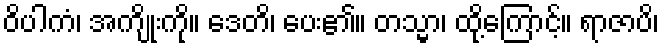
ဝိပါကံ၊ အကျိုးကို။ ဒေတိ၊ ပေး၏။ တသ္မာ၊ ထို့ကြောင့်။ ရာဇာပိ၊